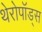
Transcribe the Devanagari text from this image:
थेरोपॉड्स